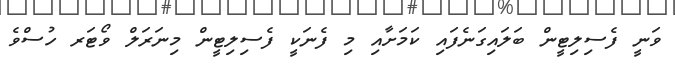
ވަނީ ފެސިލިޓީން ބަލައިގަނެފައި ކަމަށާއި މި ފެނަކީ ފެސިލިޓީން މިނަރަލް ވޯޓަރ ހުސްވެ